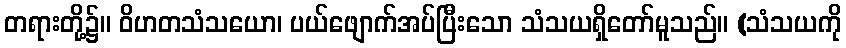
တရားတို့၌။ ဝိဟတသံသယော၊ ပယ်ဖျောက်အပ်ပြီးသော သံသယရှိတော်မူသည်။ (သံသယကို